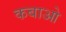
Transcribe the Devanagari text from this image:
कबाओ